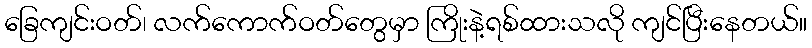
ခြေကျင်းဝတ်၊ လက်ကောက်ဝတ်တွေမှာ ကြိုးနဲ့ရစ်ထားသလို ကျင်ပြီးနေတယ်။